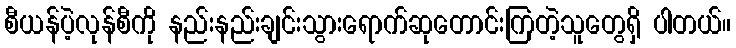
စီယန်ပဲ့လုန်စီကို နည်းနည်းချင်းသွားရောက်ဆုတောင်းကြတဲ့သူတွေရှိ ပါတယ်။